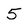
Character: 5